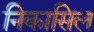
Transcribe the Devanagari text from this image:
निकासिल